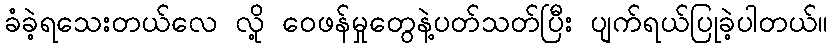
ခံခဲ့ရသေးတယ်လေ လို့ ဝေဖန်မှုတွေနဲ့ပတ်သတ်ပြီး ပျက်ရယ်ပြုခဲ့ပါတယ်။